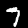
Label: 7